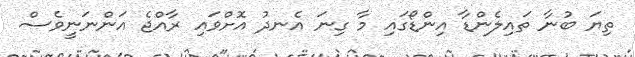
ތިޔަ ބުނާ ތައިލެންޑާ އިންޑޯގައި މާ ގިނަ އެނދު އޮށްވައި ރާއްޖެ އަންނަނީވެސް